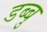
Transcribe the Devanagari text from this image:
डब्बु